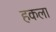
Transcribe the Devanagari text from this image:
हकला